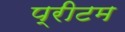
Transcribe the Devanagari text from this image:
प्रीटम